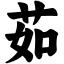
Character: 茹